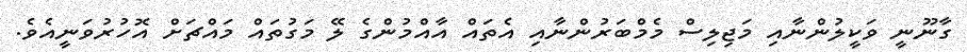
ގާނޫނީ ވަކީލުންނާއި މަޖިލިސް މެމްބަރުންނާއި އެތައް އާއްމުންގެ ލޭ މަގުތައް މައްޗަށް އޮހުރުވަނީއެވެ.